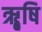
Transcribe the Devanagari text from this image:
ॠृषि